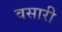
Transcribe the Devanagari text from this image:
वसारी